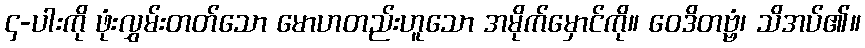
၄-ပါးကို ဖုံးလွှမ်းတတ်သော မောဟတည်းဟူသော အမိုက်မှောင်ကို။ ဝေဒိတဗ္ဗံ၊ သိအပ်၏။